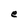
Character: e